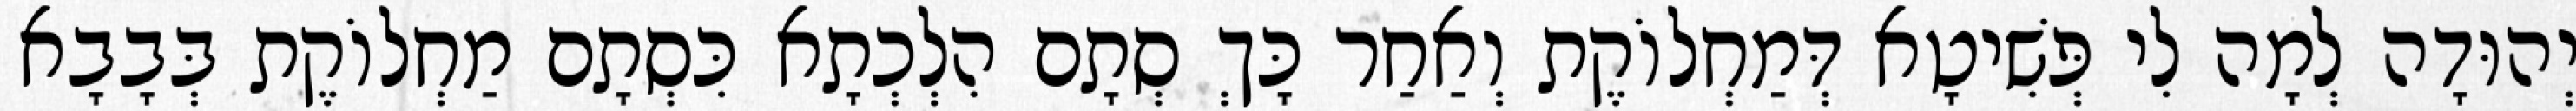
יְהוּדָה לְמָה לִי פְּשִׁיטָא דְּמַחְלוֹקֶת וְאַחַר כָּךְ סְתָם הִלְכְתָא כִּסְתָם מַחְלוֹקֶת בְּבָבָא